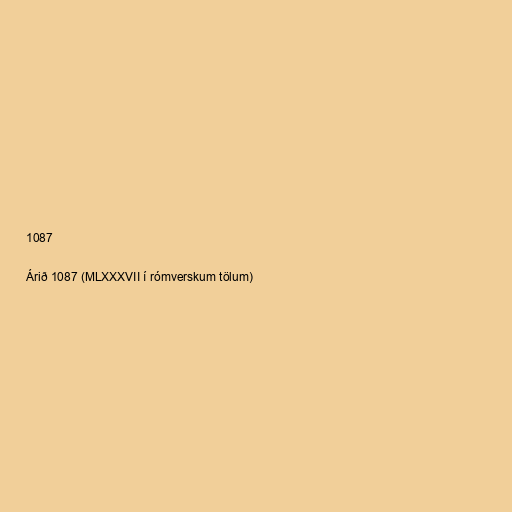
1087

Árið 1087 (MLXXXVII í rómverskum tölum)